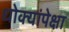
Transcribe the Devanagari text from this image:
धोक्यांपेक्षा